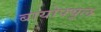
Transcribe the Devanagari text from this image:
बायोफ्यूल